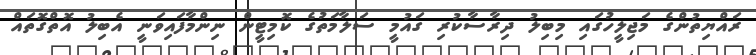
ރައްޔިތުންގެ މަޖިލީހުގައި މިބިލު ދިރާސާކުރި ގައުމީ ސަލާމަތުގެ ކޮމިޓީން ނިންމާފައިވަނީ އެބިލު އޮތްގޮތައް